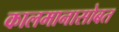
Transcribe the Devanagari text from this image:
कालमानासोबत